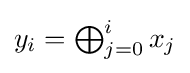
{\textstyle y_{i}=\bigoplus _{j=0}^{i}x_{j}}